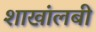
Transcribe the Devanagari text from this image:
शाखांलबी